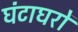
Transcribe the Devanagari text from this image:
घंटाघरों